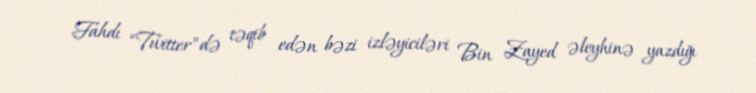
Fahdı “Twitter”də təqib edən bəzi izləyiciləri Bin Zayed əleyhinə yazdığı